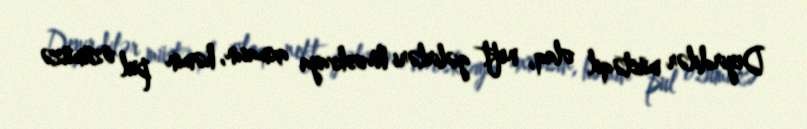
Deyirdilər müstəqil olaq, neft gəlirləri Moskvaya axmasın, həmin pul özümüzə